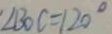
\angle B O C = 1 2 0 ^ { \circ }